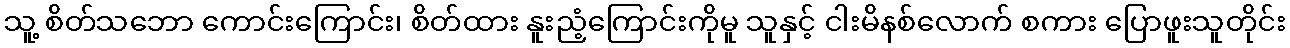
သူ့ စိတ်သဘော ကောင်းကြောင်း၊ စိတ်ထား နူးညံ့ကြောင်းကိုမူ သူနှင့် ငါးမိနစ်လောက် စကား ပြောဖူးသူတိုင်း